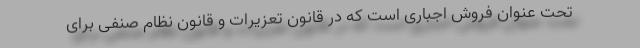
تحت عنوان فروش اجباری است که در قانون تعزیرات و قانون نظام صنفی برای